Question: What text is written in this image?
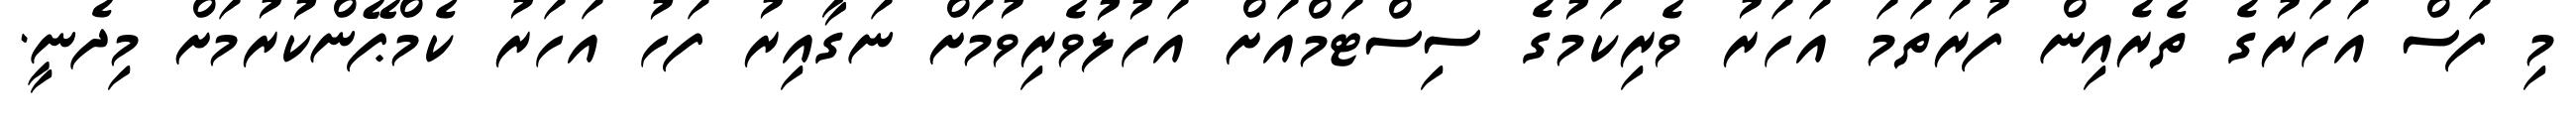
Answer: މި ފަސް އަހަރުގެ ތެރެއިން ފުރަތަމަ އަހަރު ވެރިކަމުގެ ސިސްޓަމްއަށް އަހުލުވެރިވުމަށް ނަގާއިރު ފަހު އަހަރު ކެމްޕޭންކުރުމަށް މިދެނީ.